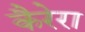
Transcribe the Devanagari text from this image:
कैरेरा